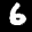
Label: 6